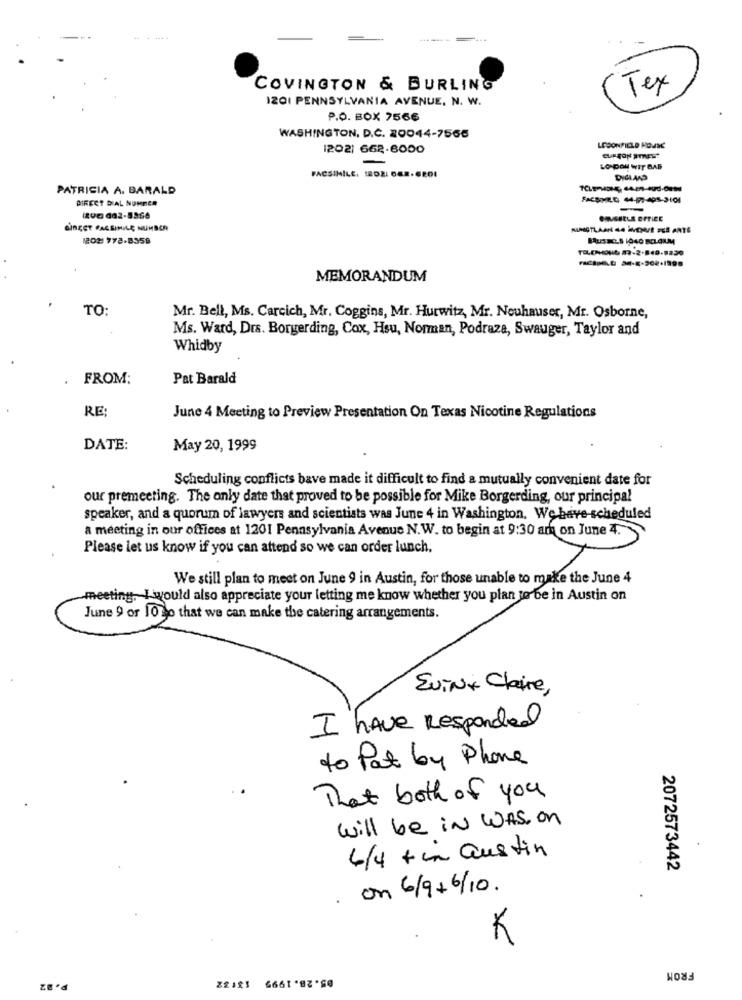
COVINGTON & BURLING
Tex
IZO1 PENNSYLVANIA AVENUE, N. W.
P.O. BOX 7566
WASHINGTON, D.C. 20044-7566
1202) 662-6000
LESONFIELD HOMME
CUPTON STREET
LONDON WIT BAS
FACSIMILE, IROZ: 082.6201
PATRICIA A. BARALD
DIRECT DIAL NOMBER
IDG 082-8366
GINGET FACSIMILE NUMBER
RINGTLAAN NA INCHE FES ANTE
1202 778-8359
BUSHC.S 1040 BELGIUM
MEMORANDUM
TO:
Mr. Bell, Ms. Carcich, Mr. Coggins, Mr. Hurwitz, Mr. Neuhauser, Mr. Osborne,
Ms. Ward, Drs. Borgerding, Cox, Hsu, Norman, Podraza, Swauger, Taylor and
Whidby
FROM:
Pat Barald
RE:
June 4 Meeting to Preview Presentation On Texas Nicotine Regulations
DATE:
May 20, 1999
Scheduling conflicts bave made it difficult to find a mutually convenient date for
our premeeting. The only date that proved to be possible for Mike Borgerding, our principal
speaker, and a quorum of lawyers and scientists was June 4 in Washington, We have-scheduled
a meeting in our offices at 1201 Pennsylvania Avenue N. W. to begin at 9:30 am on June 4.
Please let us know if you can attend so we can order lunch.
We still plan to meet on June 9 in Austin, for those unable to make the June 4
meeting, I would also appreciate your letting me know whether you plan to be in Austin on
June 9 or 10 Jo that we can make the catering arrangements.
Evini Claire,
I have Responded
to Pat by Phone
That both of you
will be in WAS on
6/4 + in austin
2072573442
. on 6/9+6/10.
K
FROM
P. 92